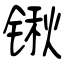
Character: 锹